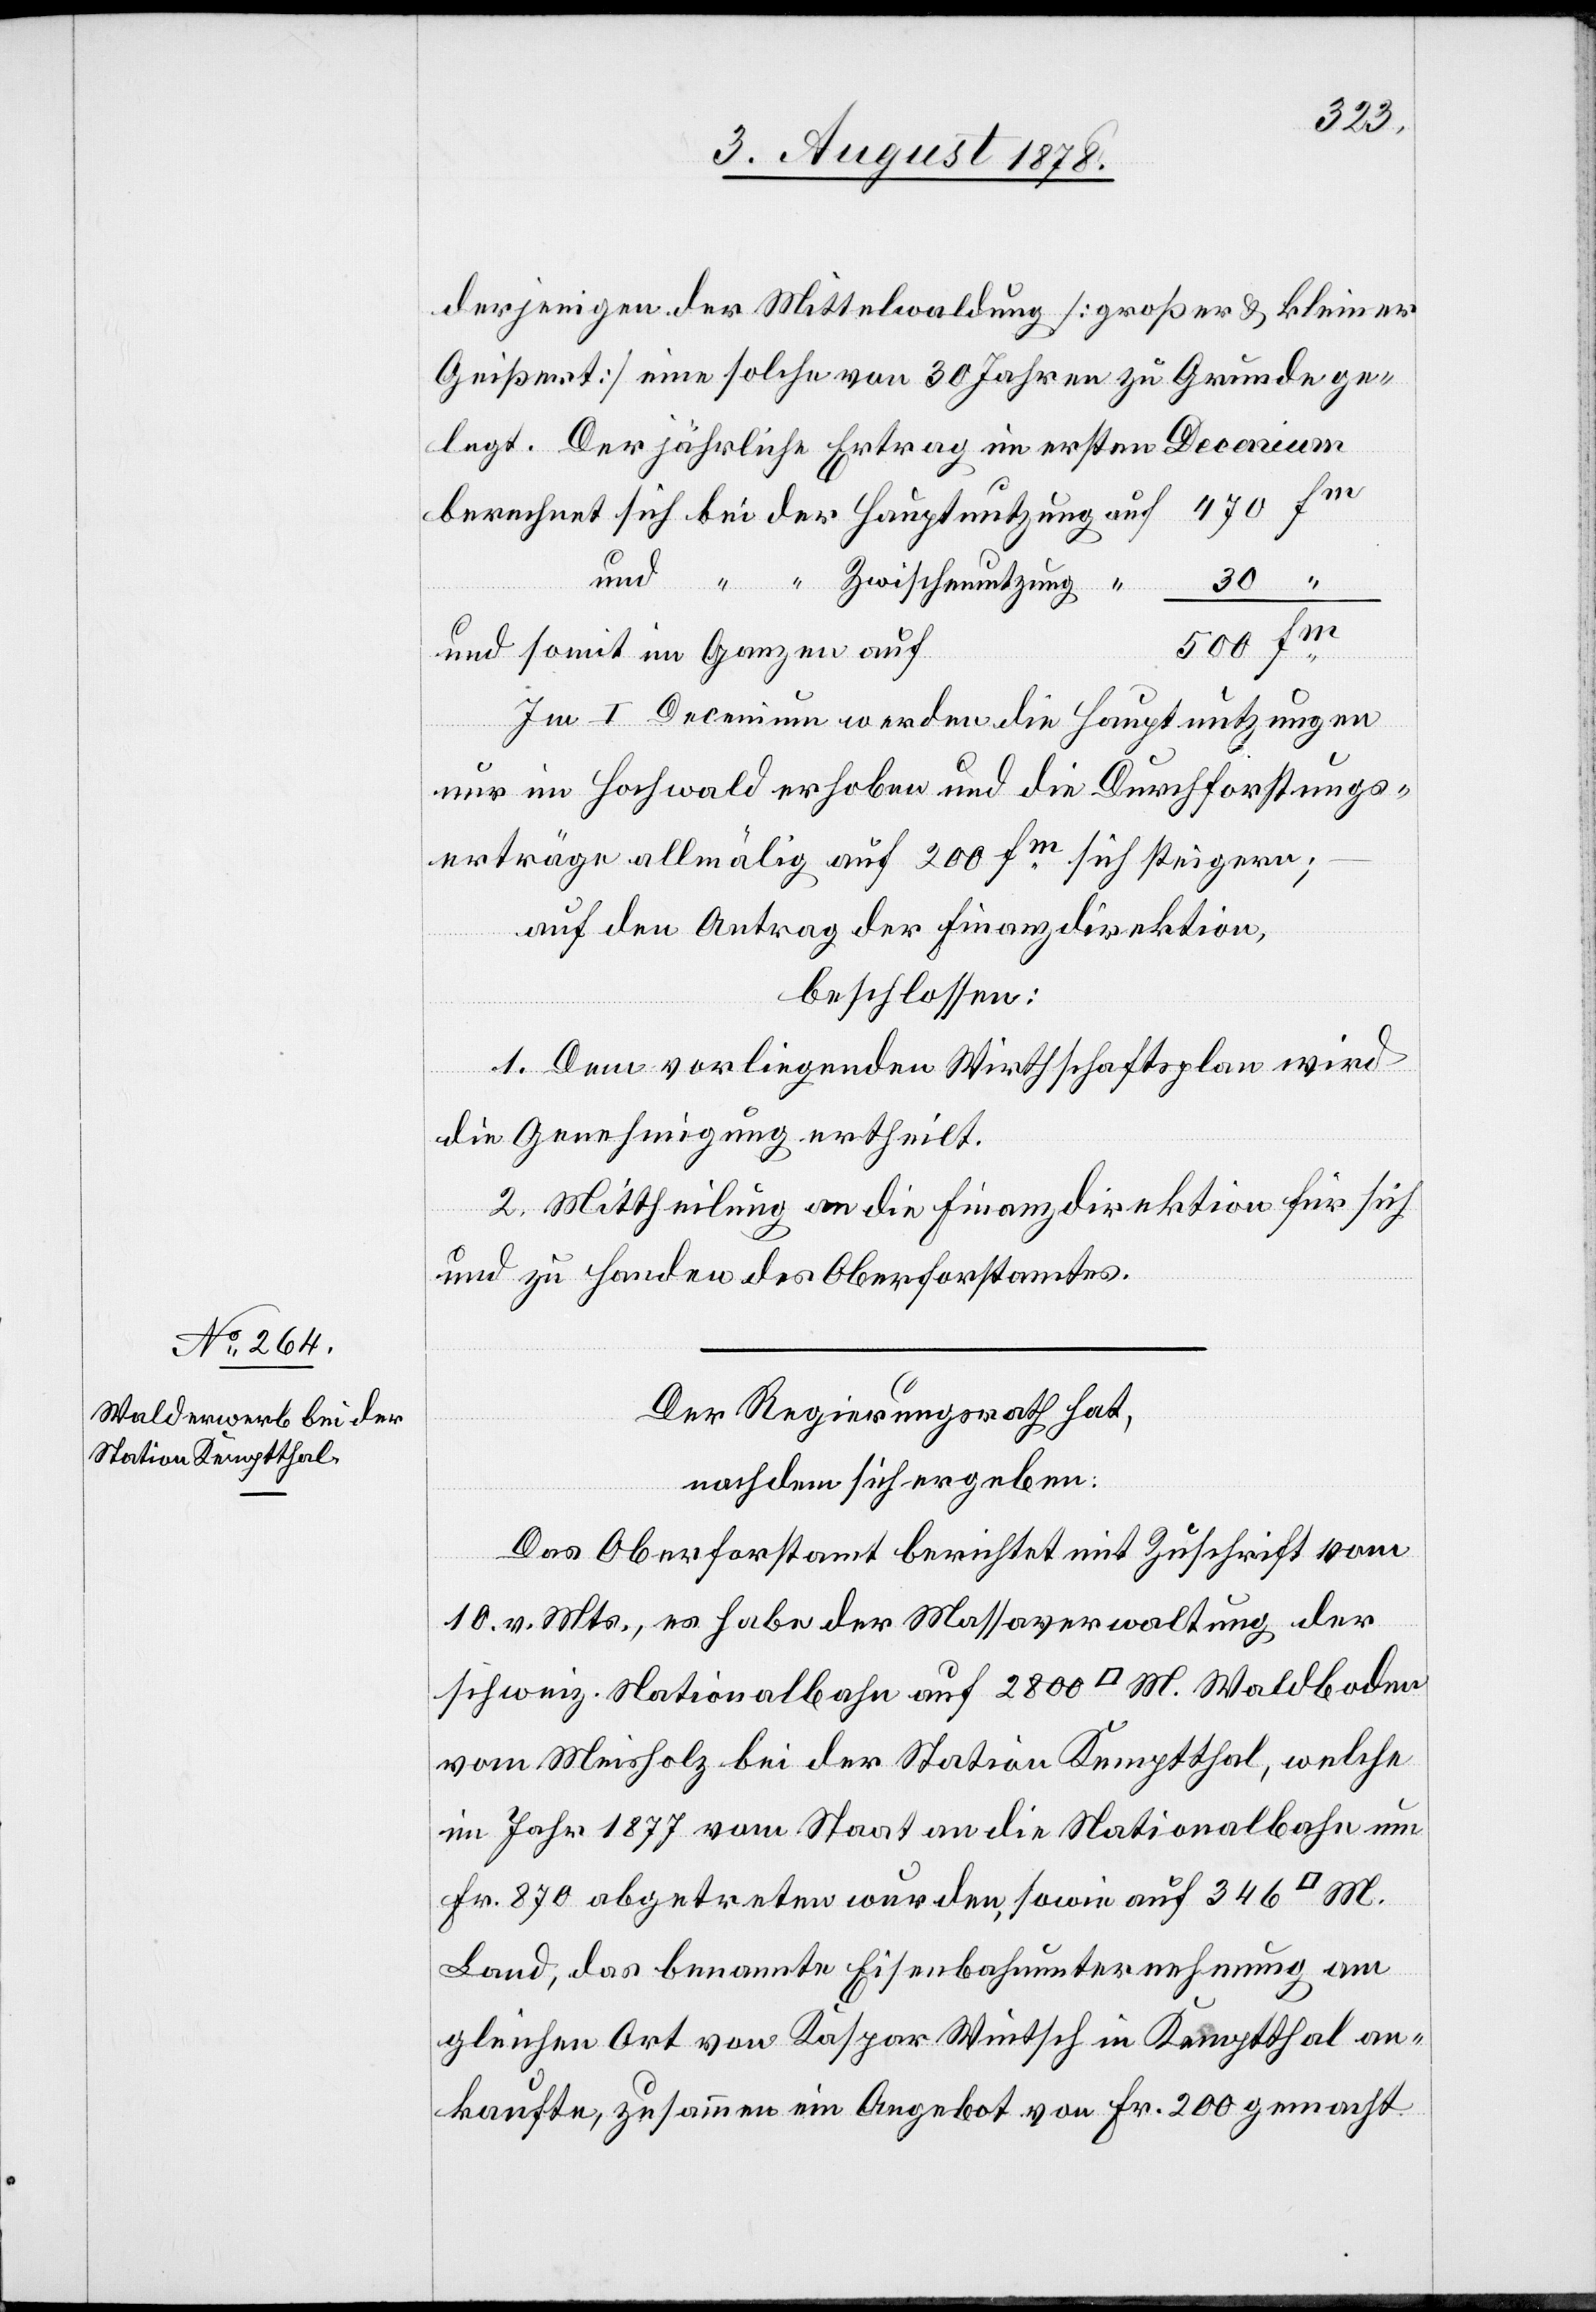
derjenigen der Mittelwaldung [großer & kleiner
Geißert] eine solche von 30 Jahren zu Grunde ge¬
berechnet sich bei der Hauptnutzung auf
und somit im Ganzen auf
500
Im I. Decenium werden die Hauptnutzungen
nur im Hochwald erhoben und die Durchforstungs¬
erträge allmälig auf 200 fm sich steigern;
auf den Antrag der Finanzdirektion,
beschlossen:
1. Dem vorliegenden Wirtschaftsplan wird
rag
die Genehmigung ertheilt.
2. Mittheilung an die Finanzdirektion für sich
und zu Handen des Oberforstamtes.
Der Regierungsrath hat,
nachdem sich ergeben:
und
ge¬
Das Oberforstamt berichtet mit Zuschrift vom
10. v. Mts., es habe der Massaverwaltung der
schweiz. Nationalbahn auf 2800 [Quadratmeter] Waldboden
vom Meisholz bei der Station Kemptthal, welche
im Jahr 1877 vom Staat an die Nationalbahn um
Fr. 870 abgetreten wurden, sowie auf 346
Land, das benannte Eisenbahnunternehmung am
gleichen Ort von Kaspar Wintsch in Kemptthal an¬
kaufte, zusammen ein Angebot von Fr. 200 gemacht